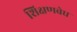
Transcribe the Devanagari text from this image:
शिक्षणवेध